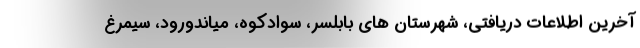
آخرین اطلاعات دریافتی، شهرستان های بابلسر، سوادکوه، میاندورود، سیمرغ